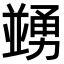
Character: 𠁜